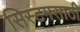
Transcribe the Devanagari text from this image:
सिस्टमसाठी